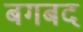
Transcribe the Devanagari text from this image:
बगबद